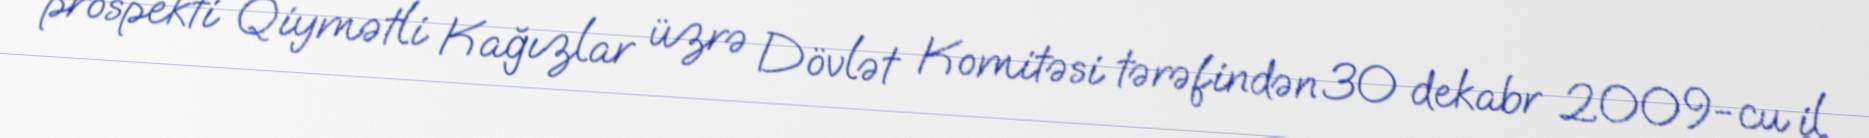
prospekti Qiymətli Kağızlar üzrə Dövlət Komitəsi tərəfindən 30 dekabr 2009-cu il